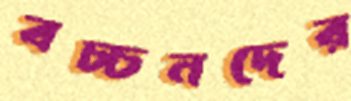
বচ্চনদের